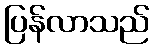
ပြန်လာသည်